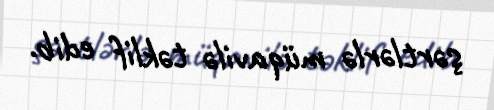
şərtlərlə müqavilə təklif edib.